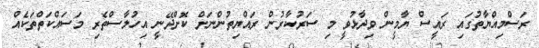
ރަސްމިއްޔާތުގައި ރައީސް ޔާމީން ވިދާޅުވީ މި ސަރުކާރުން ރައްޔިތުންނަށް ކޮށްދޭނީ އިހުލާސްތެރި މަސައްކަތްތަކެއް